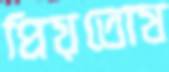
প্রিয়তোষ